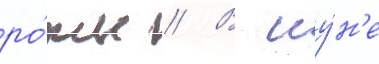
ро́ты // В иу́н'е